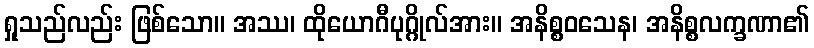
ရှုသည်လည်း ဖြစ်သော။ အဿ၊ ထိုယောဂီပုဂ္ဂိုလ်အား။ အနိစ္စဝသေန၊ အနိစ္စလက္ခဏာ၏